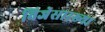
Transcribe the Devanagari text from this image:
विजेसारख्या